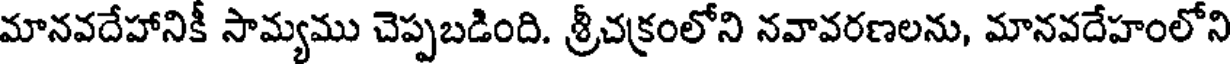
మానవదేహానికీ సామ్యము చెప్పబడింది. శ్రీచక్రంలోని నవావరణలను, మానవదేహంలోని